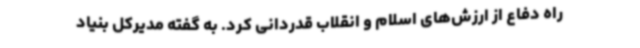
راه دفاع از ارزش‌های اسلام و انقلاب قدردانی کرد. به گفته مدیرکل بنیاد